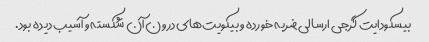
بیسکودایت گرجی ارسالی ضربه خورده و بیکویت‌های درون آن شکسته و آسیب دیده بود.